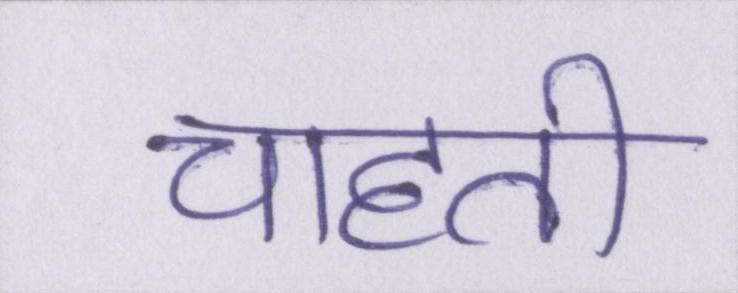
चाहती